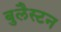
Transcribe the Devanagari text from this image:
बुलैस्टन